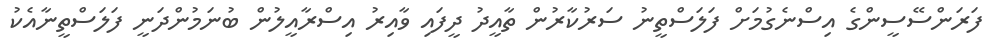
ފަރަންސޭސީންގެ އިސްނެގުމަށް ފަލަސްތީނު ސަރުކާރުން ތާއީދު ދީފައި ވާއިރު އިސްރާއީލުން ބުނަމުންދަނީ ފަލަސްތީނާއެކު